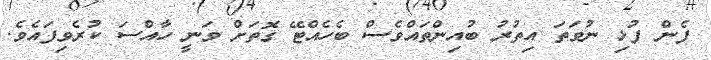
ފެން ފުޅި ނުވަތަ އިތުރު ބުއިންތައްވެސް ބެހެއްޓޭ ގޮތަށް ވަނީ ހާއްސަ ކުރެވިފައެވެ.